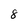
Character: 8